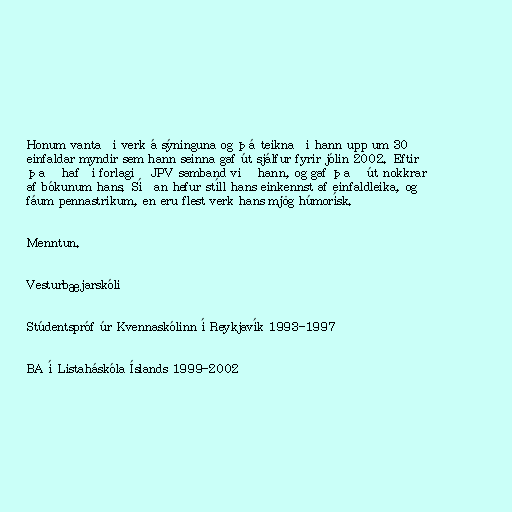
Honum vantaði verk á sýninguna og þá teiknaði hann upp um 30
einfaldar myndir sem hann seinna gaf út sjálfur fyrir jólin 2002. Eftir
það hafði forlagið JPV samband við hann, og gaf það út nokkrar
af bókunum hans. Síðan hefur stíll hans einkennst af einfaldleika, og
fáum pennastrikum, en eru flest verk hans mjög húmorísk.

Menntun.

Vesturbæjarskóli

Stúdentspróf úr Kvennaskólinn í Reykjavík 1993-1997

BA í Listaháskóla Íslands 1999-2002